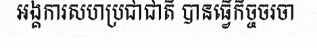
អង្គការសហប្រជាជាតិ បានធ្វើកិច្ចចរចា